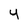
Character: y